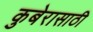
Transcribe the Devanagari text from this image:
कुबेरासाठी